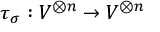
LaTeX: \tau _ { \sigma } : V ^ { \otimes n } \to V ^ { \otimes n }